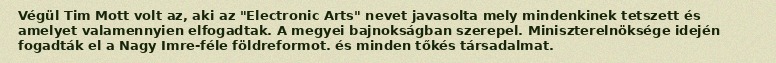
Végül Tim Mott volt az, aki az "Electronic Arts" nevet javasolta mely mindenkinek tetszett és amelyet valamennyien elfogadtak. A megyei bajnokságban szerepel. Miniszterelnöksége idején fogadták el a Nagy Imre-féle földreformot. és minden tőkés társadalmat.